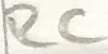
Text: RC